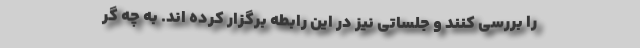
را بررسی کنند و جلساتی نیز در این رابطه برگزار کرده اند. به چه گر